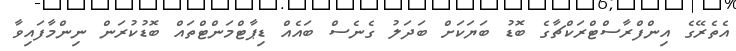
އެތެރޭގެ އިންފްރާސްޓްރަކްޗާގެ ބޮޑު ބަޔަކަށް ބަދަލު ގެނެސް ބައެއް ޑިޕާޓްމަންޓްތައް ބޮޑުކުރަން ނިންމާފައިވާ